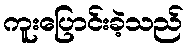
ကူးပြောင်းခဲ့သည်